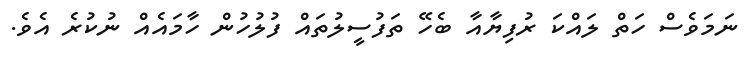
ނަމަވެސް ހަތް ލައްކަ ރުފިޔާއާ ބެހޭ ތަފުސީލުތައް ފުލުހުން ހާމައެއް ނުކުރެ އެވެ.